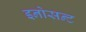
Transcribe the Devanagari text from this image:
इनोसन्ट